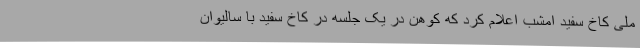
ملی کاخ سفید امشب اعلام کرد که کوهن در یک جلسه در کاخ سفید با سالیوان